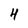
Character: 4